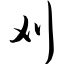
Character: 刈